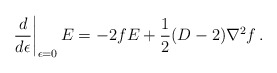
\begin{align*}\left. \frac{d}{d\epsilon} \right|_{\epsilon =0} E = -2fE +\frac 12 (D-2)\nabla^2 f \,.\end{align*}